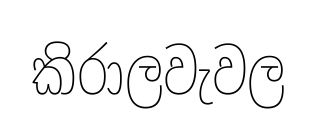
කිරාලවැවල